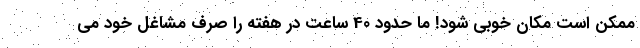
ممکن است مکان خوبی شود! ما حدود 40 ساعت در هفته را صرف مشاغل خود می